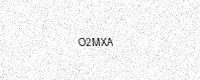
Text: O2MXA